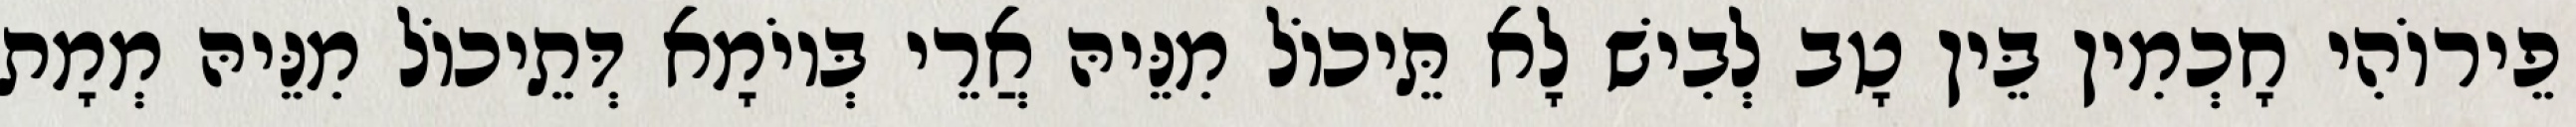
פֵירוֹהִי חָכְמִין בֵּין טָב לְבִישׁ לָא תֵּיכוֹל מִנֵּיהּ אֲרֵי בְּיוֹמָא דְּתֵיכוֹל מִנֵּיהּ מְמָת